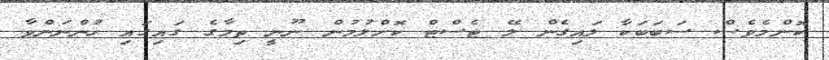
ކޮންމެވެސް ސަބަބަކާ ލައިގެން ލޭ ޓެސްޓް ކޮށްލުމުން ނޫނީ ތިމާގެ ގައިގައި ހުންނަންވާ